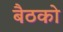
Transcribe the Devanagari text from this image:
बैठको